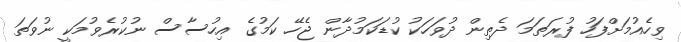
ވިހެއުމަށްފަހު ފުރަތަމަ ދެތިން ދުވަހަކު ކުޑަކަމުދާން ޖެހޭ ކަމުގެ އިހުސާސް ނުކުރެވުމަކީ ނުވަތަ